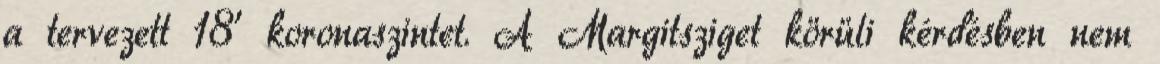
a tervezett 18’ koronaszintet. A Margitsziget körüli kérdésben nem